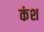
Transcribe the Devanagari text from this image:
कंश